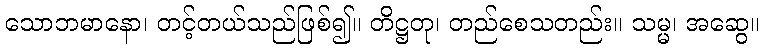
သောဘမာနော၊ တင့်တယ်သည်ဖြစ်၍။ တိဋ္ဌတု၊ တည်စေသတည်း။ သမ္မ၊ အဆွေ။